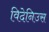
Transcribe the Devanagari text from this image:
विदेनिउस